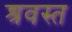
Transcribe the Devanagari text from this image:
श्रवस्त